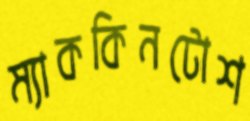
ম্যাককিনটোশ